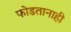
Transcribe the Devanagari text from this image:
फोडतानाही